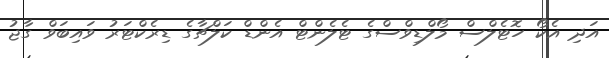
އަދި އެކޯ ހޮޓެލްސް މޯލްޑިވްސްގެ ޓެލެންޓް އެންޑް ކަލްޗާގެ ޑިރެކްޓަރު ވައިބަވް ގާޖު